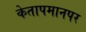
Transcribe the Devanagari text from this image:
केतापमानपर